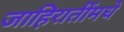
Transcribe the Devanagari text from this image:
जाहिरातींमधे